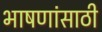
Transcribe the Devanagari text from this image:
भाषणांसाठी